Sketch of the medical history of the native army of Bombay, for the year
Year: 1870
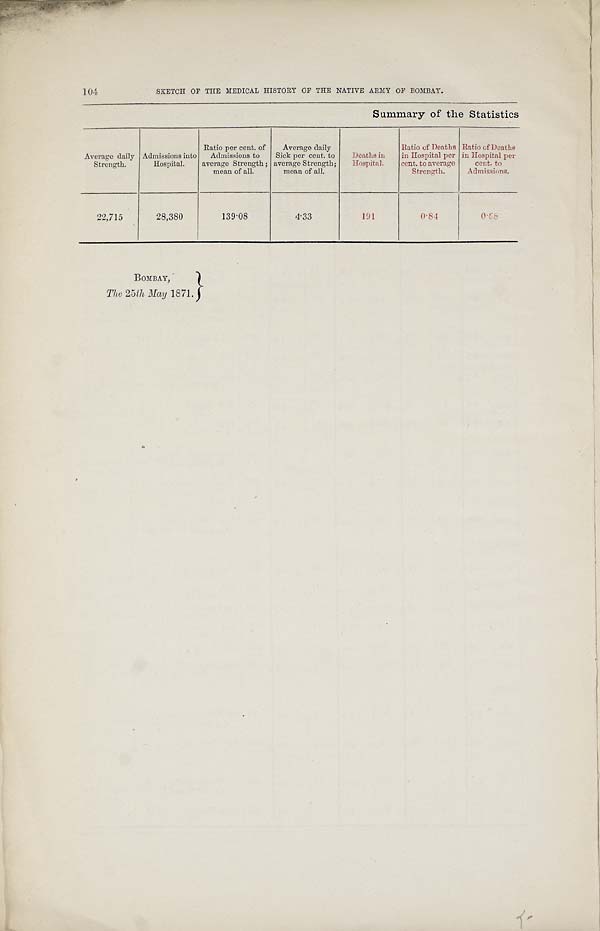
104
SKETCH OF THE MEDICAL HISTORY OF THE NATIVE ARMY OF BOMBAY.
Summary of the Statistics
Average daily
Strength.
Admissions into
Hospital.
Ratio per cent. of
Admissions to
average Strength ;
mean of all.
Average daily
Sick per cent. to
average Strength;
mean of all.
Deaths in
Hospital.
Ratio of Deaths
in Hospital per
cent. to average
Strength.
Ratio of Deaths
in Hospital per
cent. to
Admissions.
22,715
28,380
139.08
4.33
191
0.84
0 . 6 8
BOMBAY,
T h e 2 5 t h M a y .
1871.